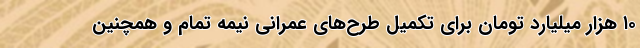
۱۰ هزار میلیارد تومان برای تکمیل طرح‌های عمرانی نیمه تمام و همچنین